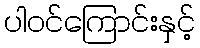
ပါဝင်ကြောင်းနှင့်